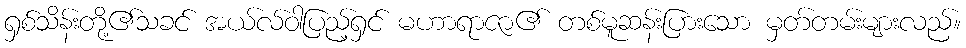
ရှစ်သိန်းတို့၏သခင် အယ်လ်ဝါပြည့်ရှင် မဟာရာဇာ၏ တစ်မူဆန်းပြားသော မှတ်တမ်းများလည်။